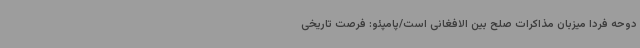
دوحه فردا میزبان مذاکرات صلح بین الافغانی است/پامپئو: فرصت تاریخی